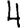
Digit: 4